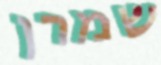
שמרן